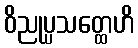
ဝိညုပ္ပသတ္ထေဟိ